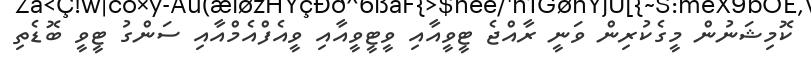
ކޮމިޝަނުން މީގެކުރިން ވަނީ ރާއްޖެ ޓީވީއާއި ވީޓީވީއާއި ވީއެފްއެމްއާއި ސަންގު ޓީވީ ބޮޑެތި